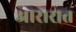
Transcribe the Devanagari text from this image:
आरारात